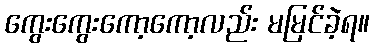
ကွေးကွေးကော့ကော့လည်း မမြင်ခဲ့ရ။